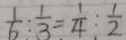
\frac { 1 } { 6 } : \frac { 1 } { 3 } = \frac { 1 } { 4 } : \frac { 1 } { 2 }